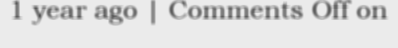
1 year ago | Comments Off on